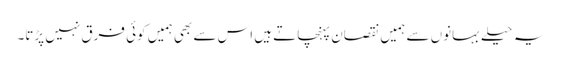
یہ حیلے بہانوں سے ہمیں نقصان پہنچاتے ہیں اس سے بھی ہمیں کوئی فرق نہیں پڑتا۔